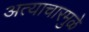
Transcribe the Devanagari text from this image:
अत्याचारमुळे